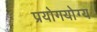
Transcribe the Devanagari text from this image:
प्रयोगयोग्य